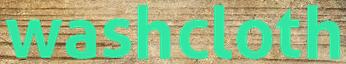
washcloth